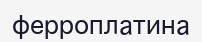
ферроплатина